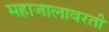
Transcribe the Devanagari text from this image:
महाजालावरती